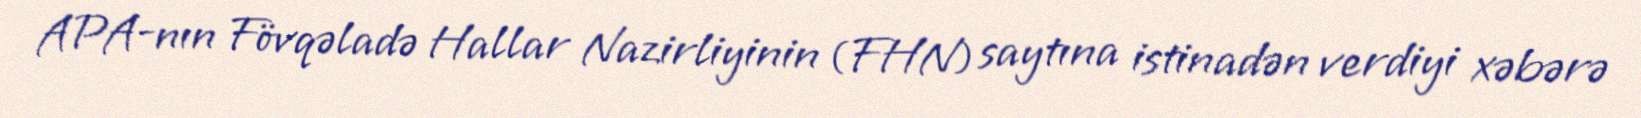
APA-nın Fövqəladə Hallar Nazirliyinin (FHN) saytına istinadən verdiyi xəbərə